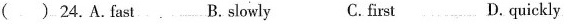
( ) 24.A.fast B. slowly C. first D.quickly